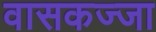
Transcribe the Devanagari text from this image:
वासकज्जा